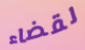
لقضاء